Jarvakandi_vallavalitsus, lk 79
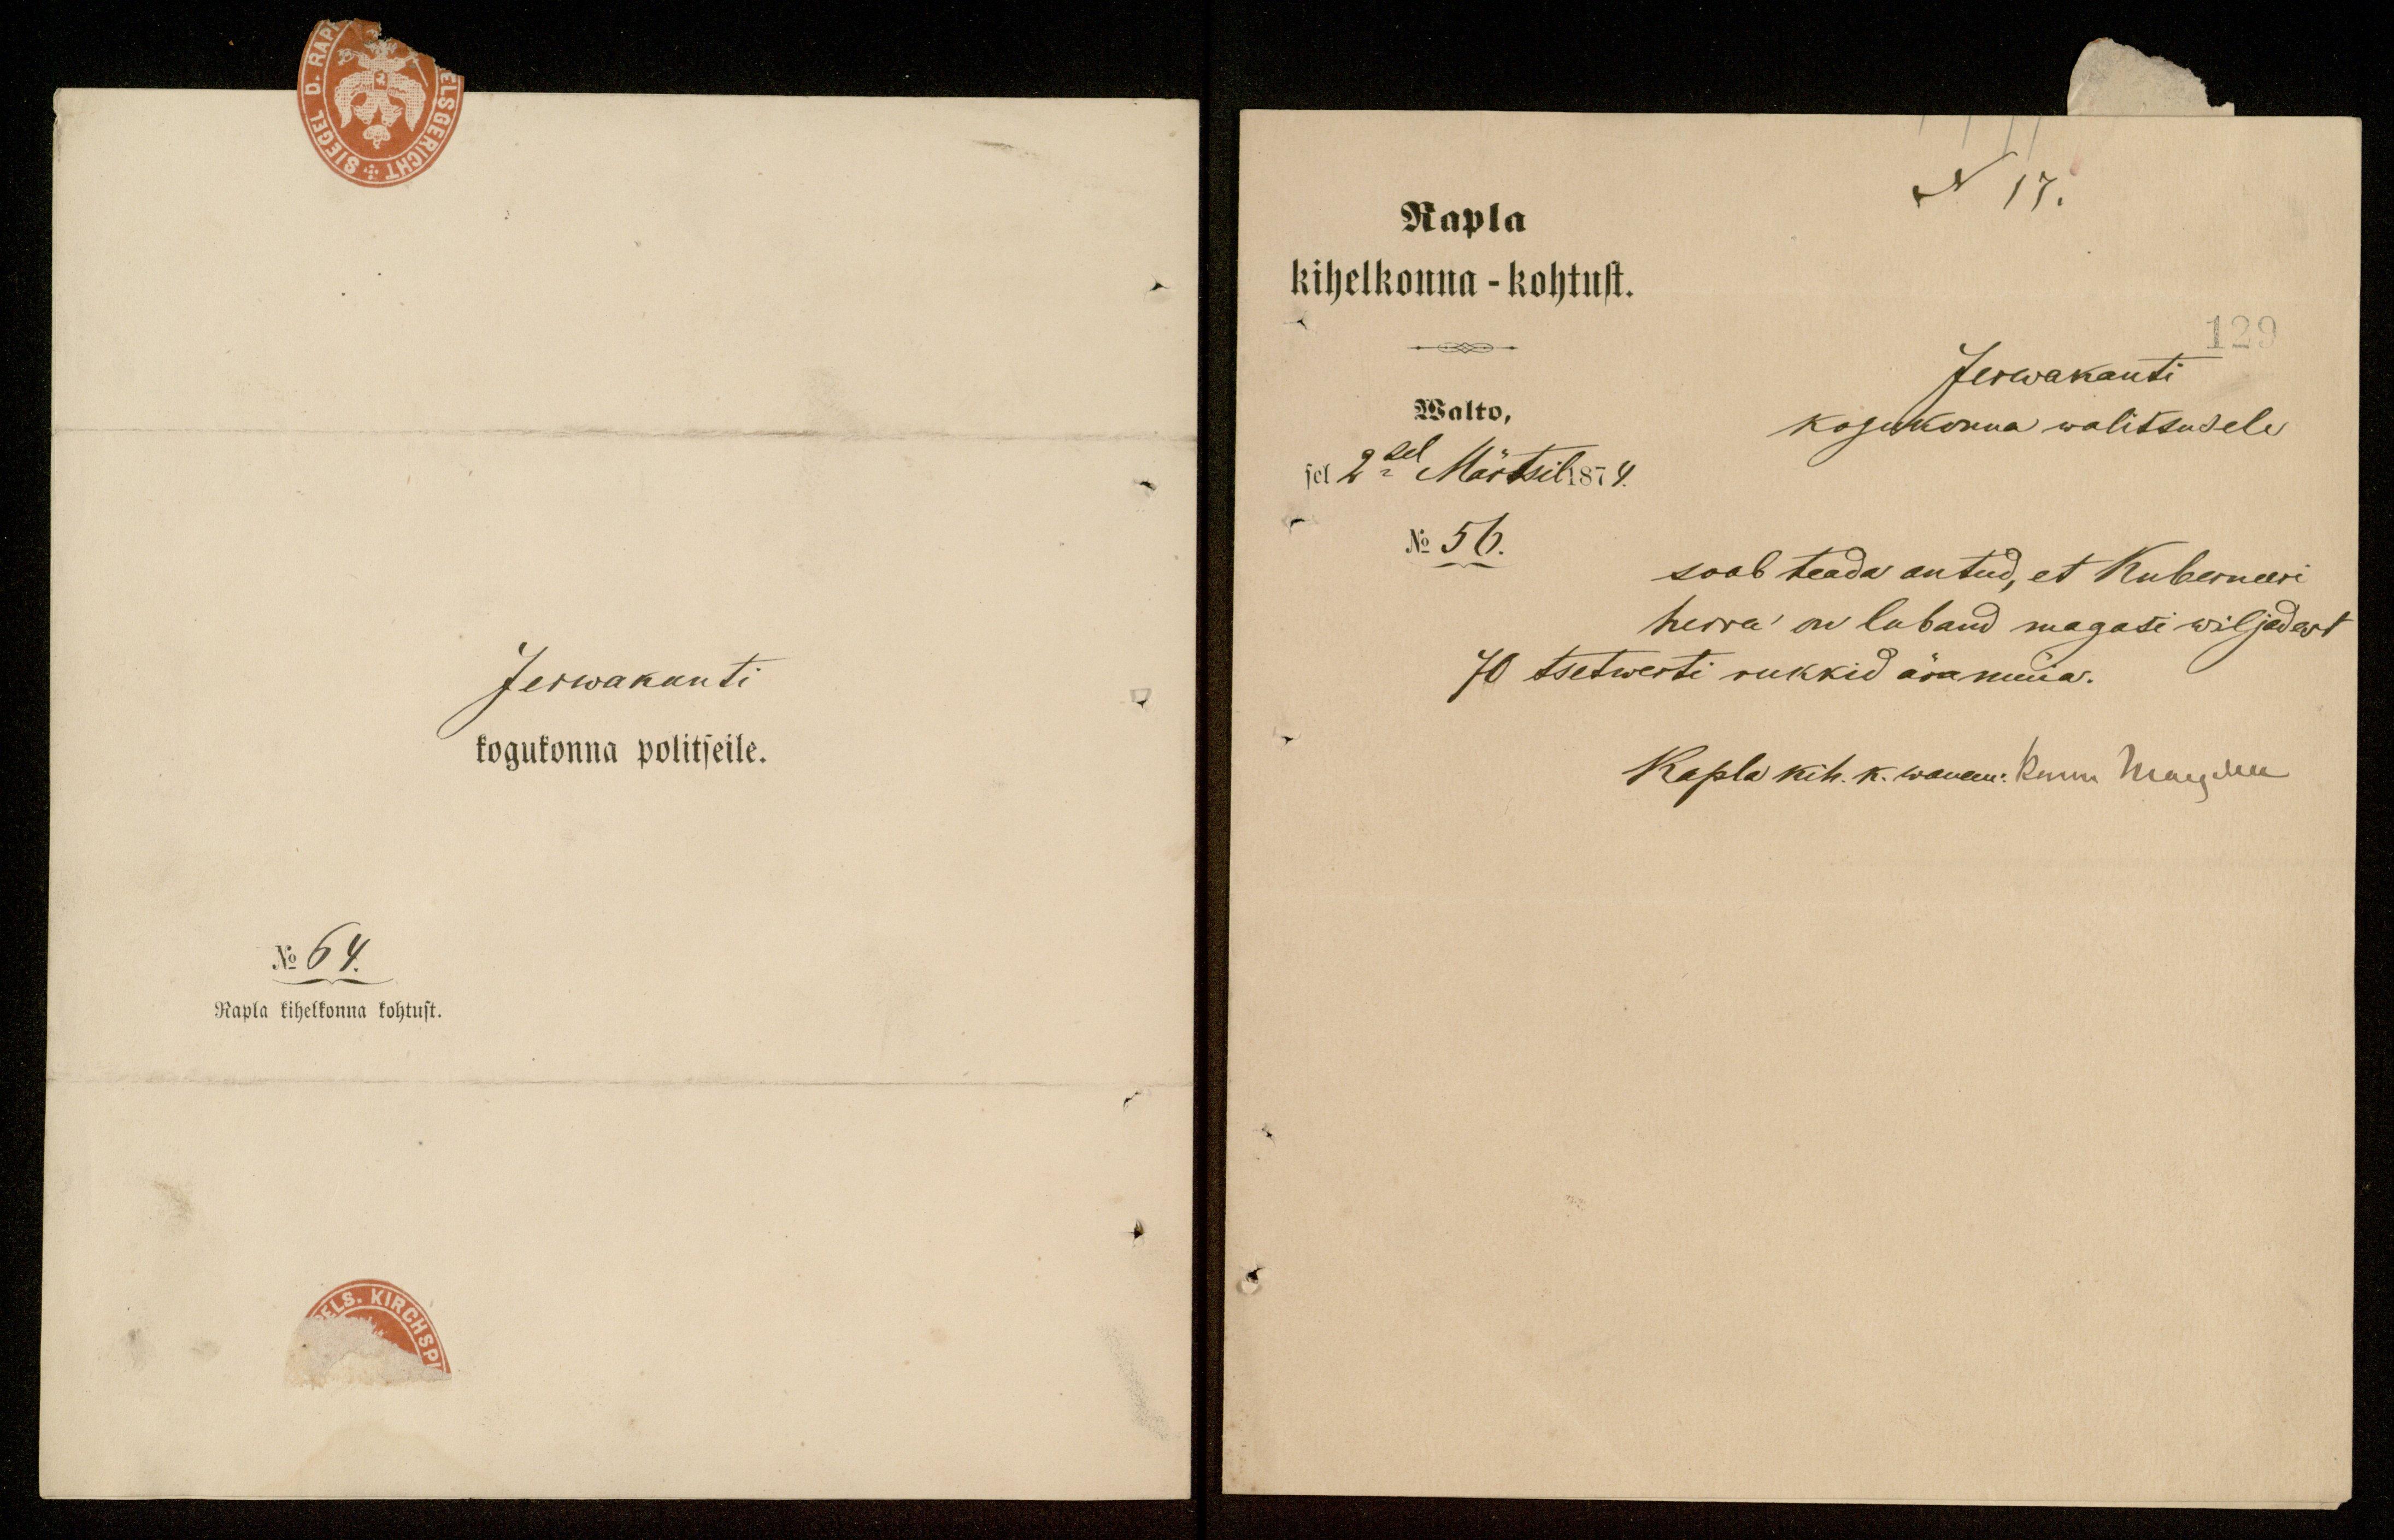
N17.
Rapla
kihelkonna - kohtust.
129
Jerwakanti
Walto,
kogukonna walitsusele
sel 2sel Märtsil 1874.
No 56.
saab teada antud, et Kuberneeri
herra on luband magasi wiljadest
70 tsetwerti rukkid ära müüa.
Rapla kih. k. wanem: Kuni Margilees

Jerwakanti
kogukonna politseile.
No 64.
Rapla kihelkonna kohtust.